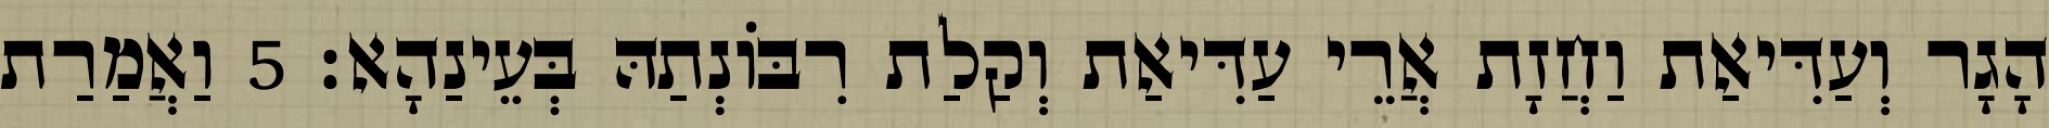
הָגָר וְעַדִּיאַת וַחֲזָת אֲרֵי עַדִּיאַת וְקַלַת רִבּוֹנְתַהּ בְּעֵינַהָא׃ 5 וַאֲמַרַת